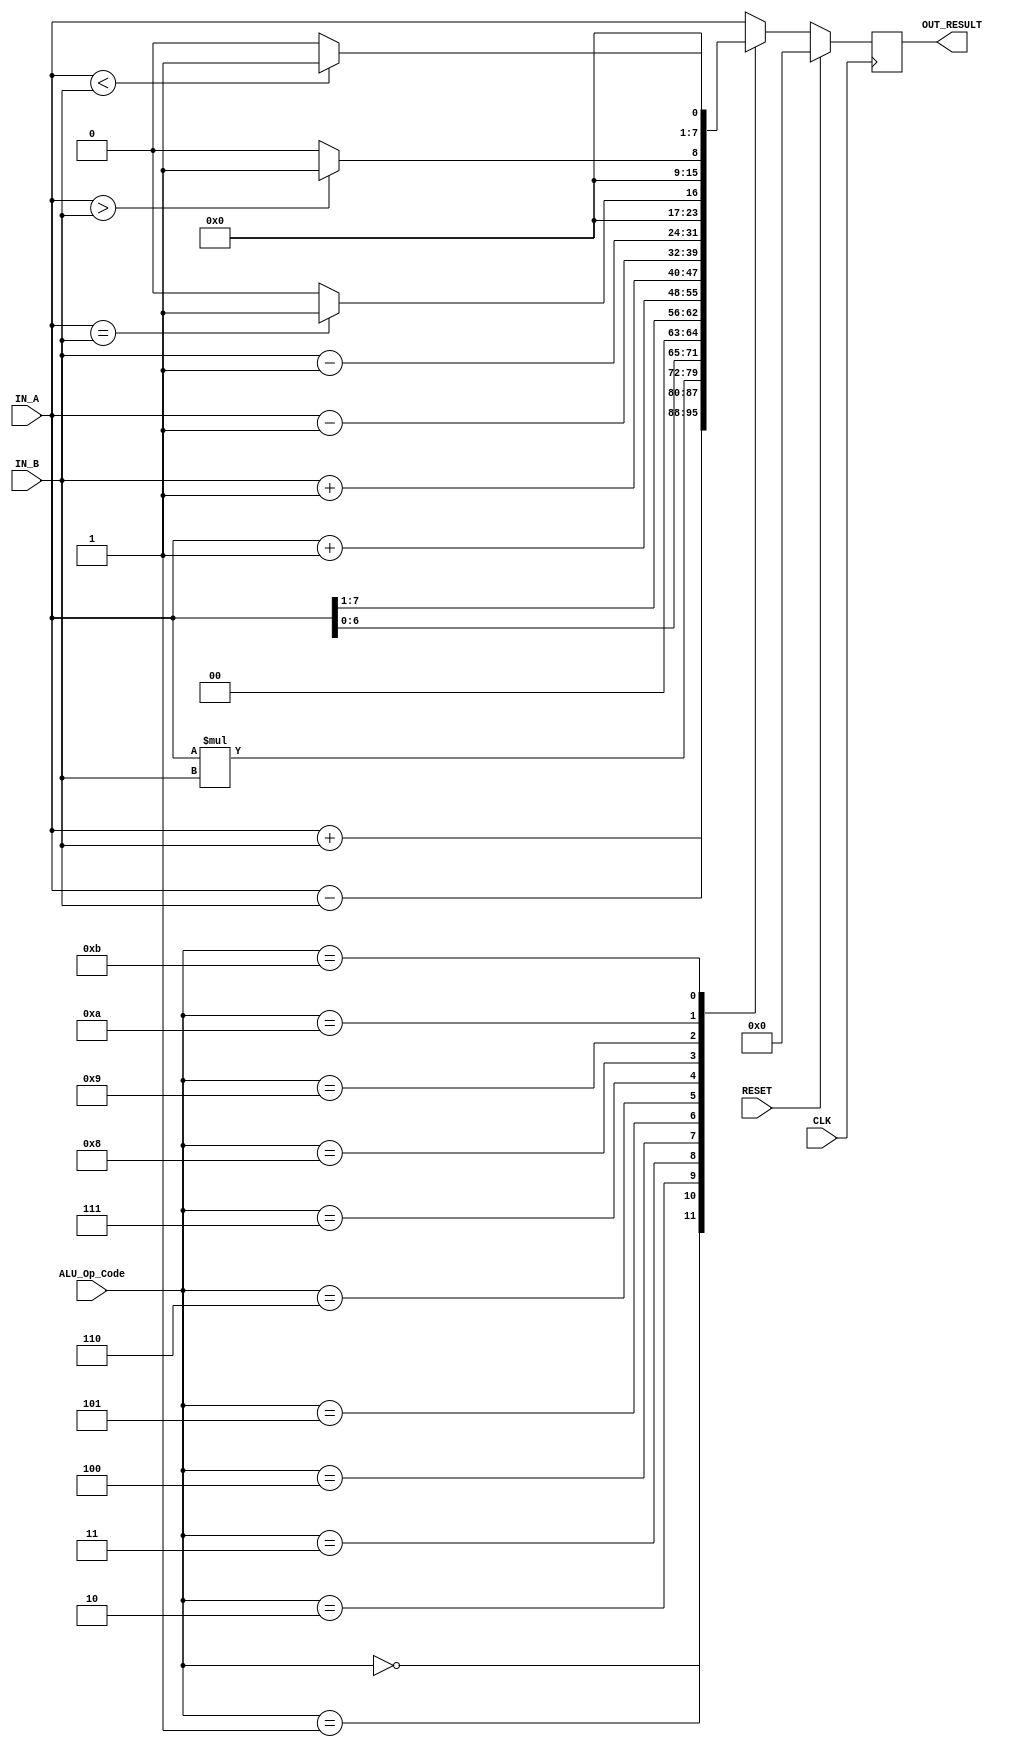
`timescale 1ns / 1ps
//////////////////////////////////////////////////////////////////////////////////
// Company: 
// Engineer: 
// 
// Design Name: 
// Module Name: ALU
// Project Name: 
// Target Devices: 
// Tool Versions: 
// Description: 
// 
// Dependencies: 
// 
// Revision:
// Revision 0.01 - File Created
// Additional Comments:
// 
//////////////////////////////////////////////////////////////////////////////////


module ALU(
    input CLK,
    input RESET,
    input [7:0] IN_A,
    input [7:0] IN_B,
    input [3:0] ALU_Op_Code,
    output [7:0] OUT_RESULT
    );
    
    reg [7:0] Out;
    
    //Arithmetic Computation
    always@(posedge CLK) begin
      if(RESET)
        Out <= 0;
      else begin
        case (ALU_Op_Code)
          //Maths Operations
          //Add A + B
          4'h0: Out <= IN_A + IN_B;
          //Subtract A - B
          4'h1: Out <= IN_A - IN_B;
          //Multiply A * B
          4'h2: Out <= IN_A * IN_B;
          //Shift Left A << 1
          4'h3: Out <= IN_A << 1;
          //Shift Right A >> 1
          4'h4: Out <= IN_A >> 1;
          //Increment A+1
          4'h5: Out <= IN_A + 1'b1;
          //Increment B+1
          4'h6: Out <= IN_B + 1'b1;
          //Decrement A-1
          4'h7: Out <= IN_A - 1'b1;
          //Decrement B+1
          4'h8: Out <= IN_B - 1'b1;
          // In/Equality Operations
          //A == B
          4'h9: Out <= (IN_A == IN_B) ? 8'h01 : 8'h00;
          //A > B
          4'hA: Out <= (IN_A > IN_B) ? 8'h01 : 8'h00;
          //A < B
          4'hB: Out <= (IN_A < IN_B) ? 8'h01 : 8'h00;
          //Default A
          default: Out <= IN_A;
        endcase
      end
    end
    
    assign OUT_RESULT = Out;
  
endmodule